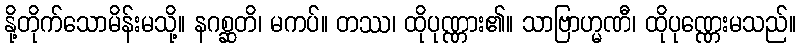
နို့တိုက်သောမိန်းမသို့။ နဂစ္ဆတိ၊ မကပ်။ တဿ၊ ထိုပုဏ္ဏား၏။ သာဗြာဟ္မဏီ၊ ထိုပုဏ္ဏေးမသည်။